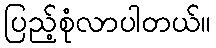
ပြည့်စုံလာပါတယ်။